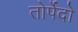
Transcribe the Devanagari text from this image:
तोर्पेदो